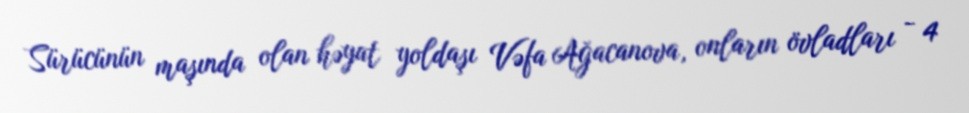
Sürücünün maşında olan həyat yoldaşı Vəfa Ağacanova, onların övladları - 4